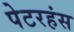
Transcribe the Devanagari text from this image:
पेटरहंस